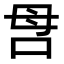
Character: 𠰔